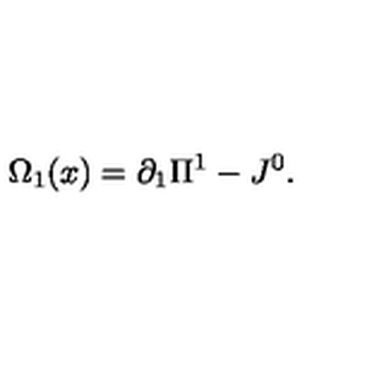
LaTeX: \Omega _ { 1 } ( x ) = \partial _ { 1 } \Pi ^ { 1 } - J ^ { 0 } .